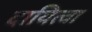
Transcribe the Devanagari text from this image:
दायित्वा